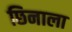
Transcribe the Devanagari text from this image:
छिनाला